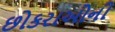
છોકરાઓની